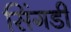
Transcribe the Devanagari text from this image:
सिंगडी